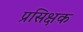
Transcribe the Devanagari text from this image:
प्रसिक्षक